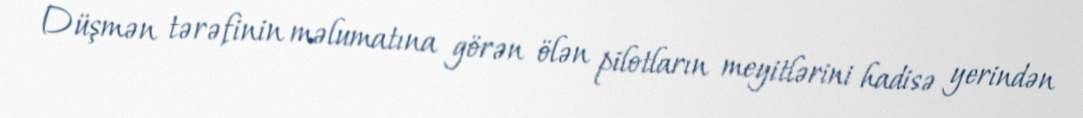
Düşmən tərəfinin məlumatına görən ölən pilotların meyitlərini hadisə yerindən